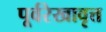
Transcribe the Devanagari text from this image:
पूर्वरेखावृत्त